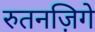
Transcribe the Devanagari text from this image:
रुतनज़िगे